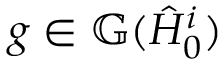
g \in \mathbb { G } ( \hat { H } _ { 0 } ^ { i } )